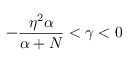
- \frac { \eta ^ { 2 } \alpha } { \alpha + N } < \gamma < 0